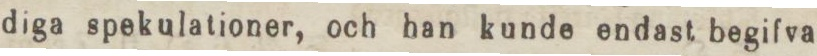
diga spekulationer, och han kunde endast begifva